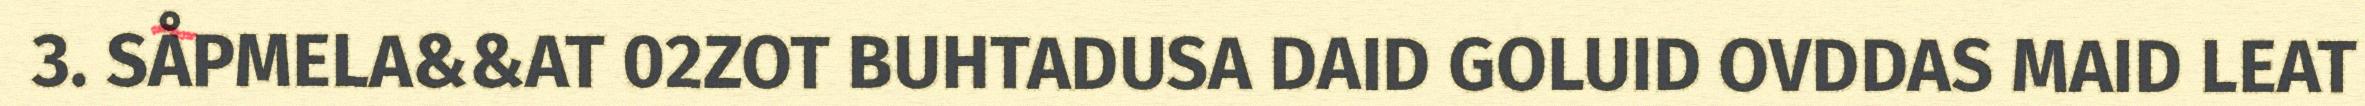
3. SÅPMELA&&AT 02ZOT BUHTADUSA DAID GOLUID OVDDAS MAID LEAT